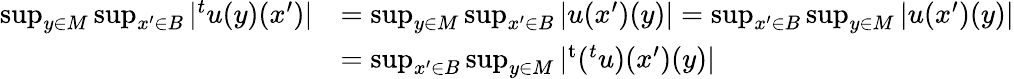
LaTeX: \begin{array}{rl}{\operatorname*{sup}_{y\in M}\operatorname*{sup}_{x^{\prime}\in B}|{^{t}u}(y)(x^{\prime})|}&{=\operatorname*{sup}_{y\in M}\operatorname*{sup}_{x^{\prime}\in B}|u(x^{\prime})(y)|=\operatorname*{sup}_{x^{\prime}\in B}\operatorname*{sup}_{y\in M}|u(x^{\prime})(y)|}\\ &{=\operatorname*{sup}_{x^{\prime}\in B}\operatorname*{sup}_{y\in M}|{^{\mathrm{t}}({^{t}u})}(x^{\prime})(y)|}\end{array}